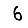
Digit: 6